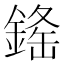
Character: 𨨳